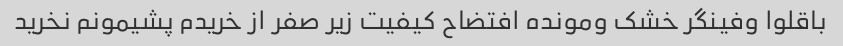
باقلوا وفینگر خشک ومونده افتضاح کیفیت زیر صفر از خریدم پشیمونم نخرید